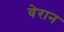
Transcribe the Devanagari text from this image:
वेरान